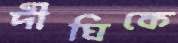
দীঘিকে